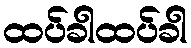
ထပ်ခါထပ်ခါ